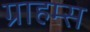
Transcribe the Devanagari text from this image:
ग्राहम्स